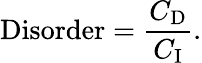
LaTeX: {\mathrm{Disorder}}={\frac{C_{\mathrm{D}}}{C_{\mathrm{I}}}}.